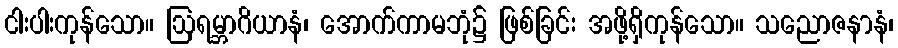
ငါးပါးကုန်သော။ ဩရမ္ဘာဂိယာနံ၊ အောက်ကာမဘုံ၌ ဖြစ်ခြင်း အဖို့ရှိကုန်သော။ သညောဇနာနံ၊